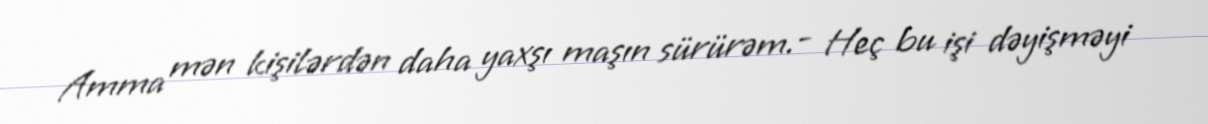
Amma mən kişilərdən daha yaxşı maşın sürürəm.- Heç bu işi dəyişməyi